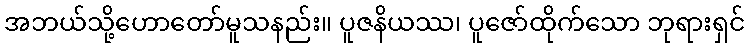
အဘယ်သို့ဟောတော်မူသနည်း။ ပူဇနိယဿ၊ ပူဇော်ထိုက်သော ဘုရားရှင်